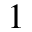
_ 1